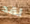
لقد